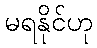
မရနိုင်ဟု